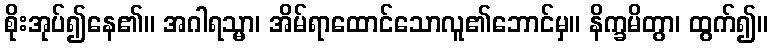
စိုးအုပ်၍နေ၏။ အဂါရသ္မာ၊ အိမ်ရာထောင်သောလူ၏ဘောင်မှ။ နိက္ခမိတွာ၊ ထွက်၍။